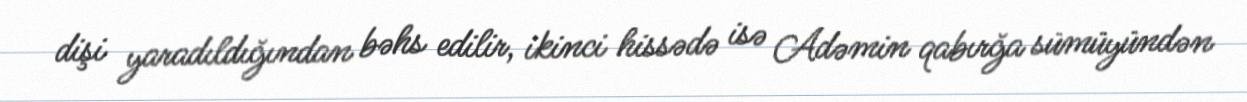
dişi yaradıldığından bəhs edilir, ikinci hissədə isə Adəmin qabırğa sümüyündən